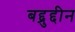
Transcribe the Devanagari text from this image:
बद्द्रुद्दीन